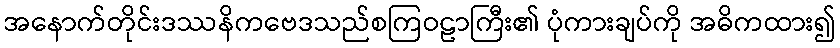
အနောက်တိုင်းဒဿနိကဗေဒသည်စကြဝဠာကြီး၏ ပုံကားချပ်ကို အဓိကထား၍